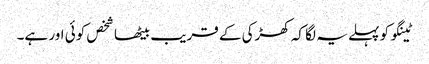
ٹینگو کو پہلے یہ لگا کہ کھڑکی کے قریب بیٹھا شخص کوئی اور ہے۔